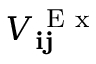
V _ { \mathbf { i j } } ^ { \mathrm { ~ E ~ x ~ } }